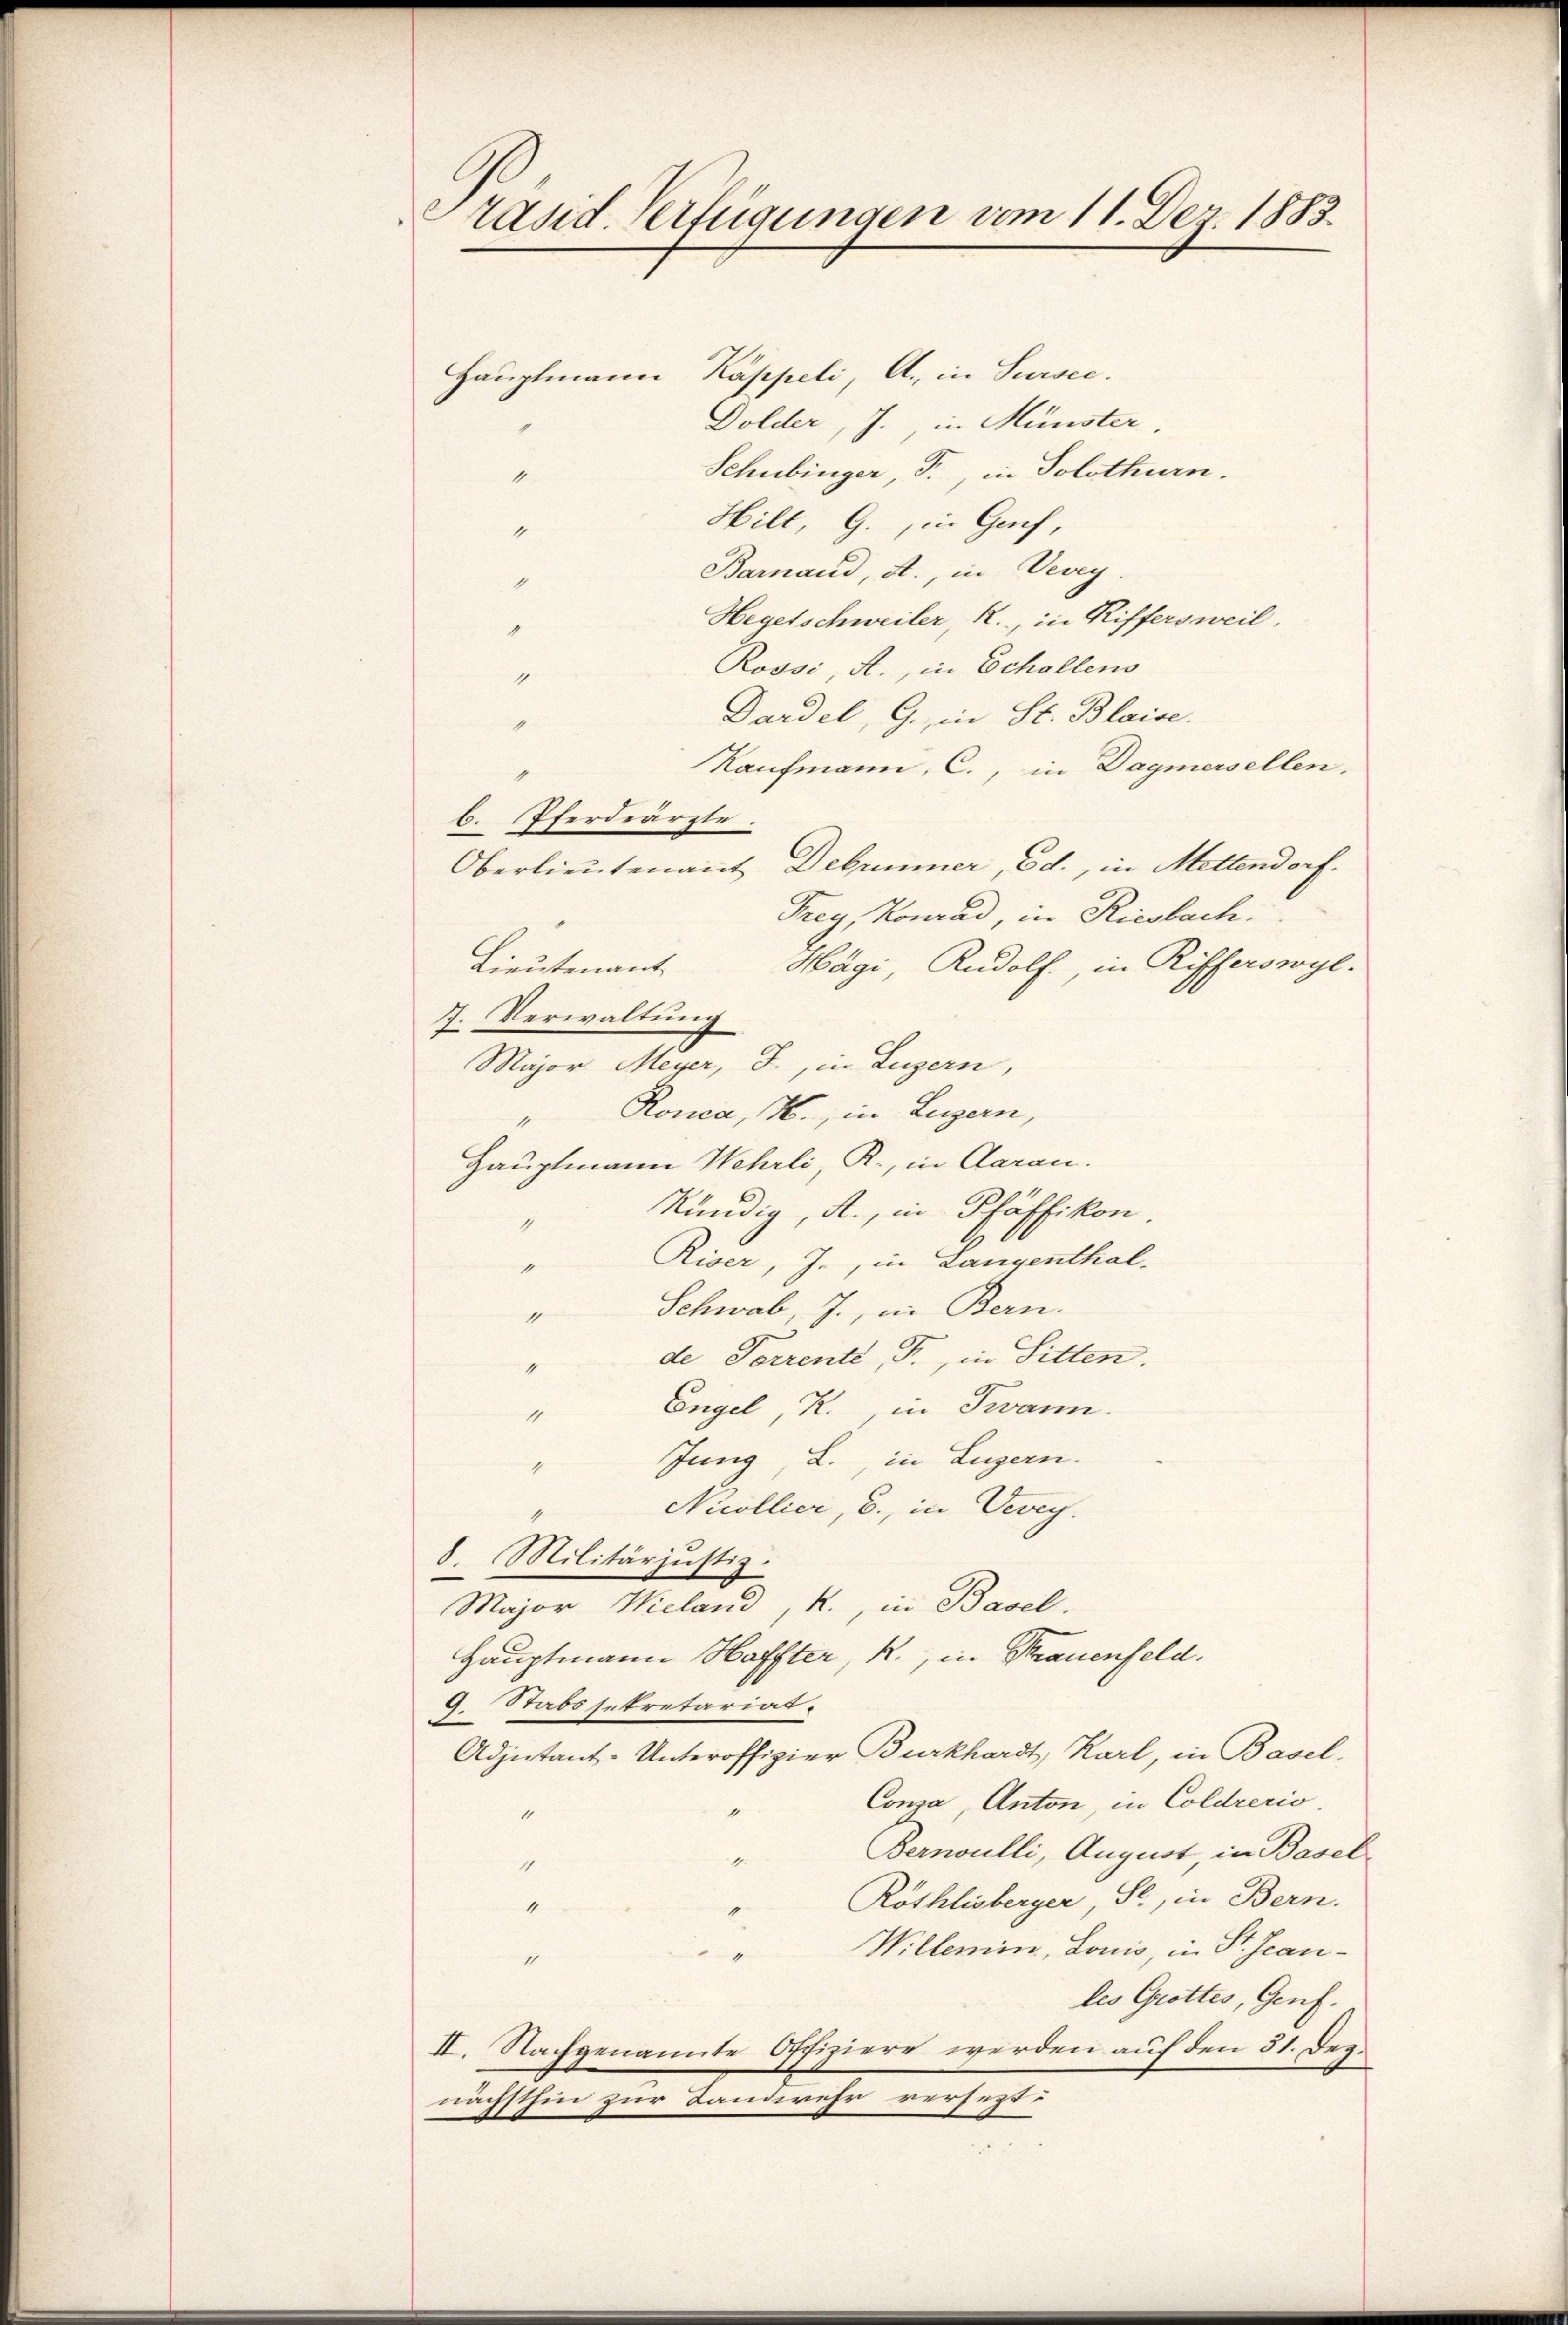
Präsid. Verfügungen vom 11. Der 1883.

Hauptmann Kappeli, A. in Sursee.
Dolder, J. in Münster
Schubinger, T., in Solothurn.
4
Hilt, G., in Genf,
4
Barnaud, A., in Vevey
4
Hegetschweiler R., in Riffersweil.
1
Rossi, A., in Schallens
4
Dardel, G., in St. Blaise.
1
Kaufmann, C., in Dagmersellen.
b. Pferdearzte
Oberlieutenant Debrunner, Ed., in Mettendorf.
Frey, Konrad, in Riesbach.
Hägi, Rudolf, in Rifferswyl.
Lieutenant
7. Verwaltung
Major Meyer, J., in Luzern,
" Ronca, N., in Luzern,
Hauptmann Wehrli, R., in daran.
kündig, A., in Pfäffikon.
1
1
Riser, J., in Langenthal.
1
Schwab, J., in Bern.
1
de Perrente, F., in Sitten.
4
Engel, K., in Twann.
11
Jung, L., in Luzern.
1
Nicollier, b., in Vevey.
8. Militärjustiz.
Major Wieland, K., in Basel.
Hauptmann Haffter, R., in Strauenfeld.
9. Stabssekretariat.
Adjutant-Unteroffizier Burkhardt, Karl, in Basel-
Consa, Anton, in Coldrerio.
1
Bernoulli, August in Basel
1
4
Röthlisberger, St., in Bern.
1
Willemin, Louis, in St. Jean¬
1
les Grottes, Genf.
II. Nachgenannte Offiziere werden auf den 31. Dez.
nächsthin zur Landwehr versezt: